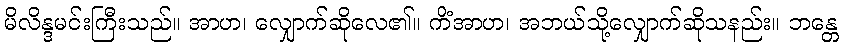
မိလိန္ဒမင်းကြီးသည်။ အာဟ၊ လျှောက်ဆိုလေ၏။ ကိံအာဟ၊ အဘယ်သို့လျှောက်ဆိုသနည်း။ ဘန္တေ